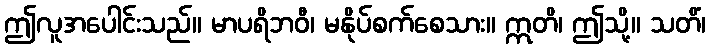
ဤလူအပေါင်းသည်။ မာပရိဘဝီ၊ မနိုပ်စက်စေသား။ ဣတိ၊ ဤသို့။ သတိံ၊